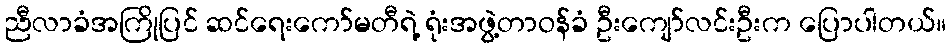
ညီလာခံအကြိုပြင် ဆင်ရေးကော်မတီရဲ့ ရုံးအဖွဲ့တာဝန်ခံ ဦးကျော်လင်းဦးက ပြောပါတယ်။